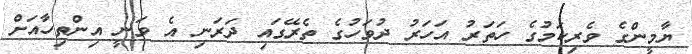
ޔާމީންގެ ވެރިކަމުގެ ހަތަރު އަަހަރު ދުވަހުގެ ތެރޭގައި ދަރަނި އެ ވަނީ އިންތިހާއަށް